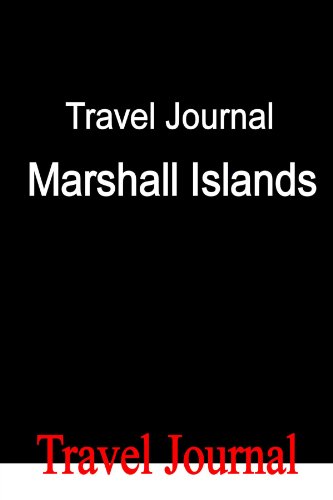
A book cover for Travel Journal Marshall Islands; E Locken; Travel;